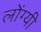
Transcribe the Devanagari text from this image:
लोंग्यी